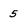
Character: 5